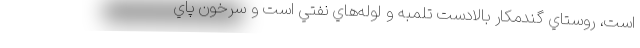
است، روستاي گندمكار بالادست تلمبه و لوله‌هاي نفتي است و سرخون پاي